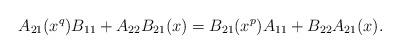
LaTeX: \begin{align*}A_{21}(x^q)B_{11}+A_{22}B_{21}(x)=B_{21}(x^p)A_{11}+B_{22}A_{21}(x).\end{align*}